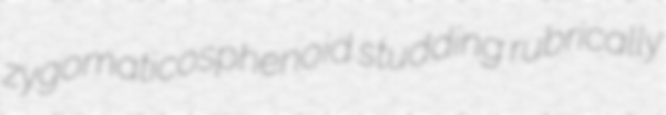
zygomaticosphenoid studding rubrically